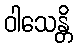
ဝါသေန္တိ